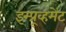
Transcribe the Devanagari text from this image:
इम्प्रूव्हमेंट